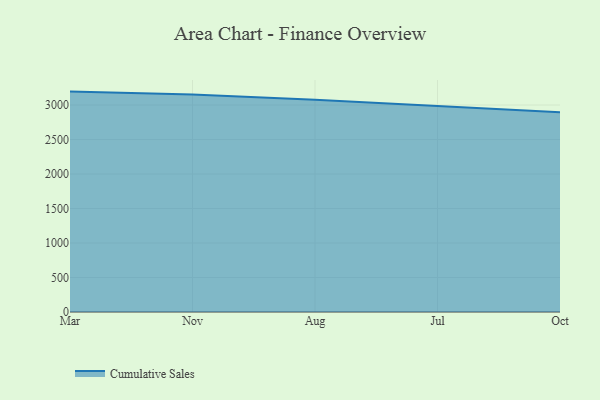
{"axis": {"x": "Month", "y": "Population (Million)"}, "legend": ["Cumulative Sales"], "data": [{"x": "Mar", "y": 3194.6, "type": "Cumulative Sales"}, {"x": "Nov", "y": 3151.4, "type": "Cumulative Sales"}, {"x": "Aug", "y": 3076.2, "type": "Cumulative Sales"}, {"x": "Jul", "y": 2986.2, "type": "Cumulative Sales"}, {"x": "Oct", "y": 2896.2, "type": "Cumulative Sales"}]}